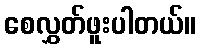
စေလွှတ်ဖူးပါတယ်။